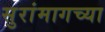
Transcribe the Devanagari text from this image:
सुरांमागच्या